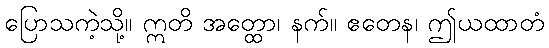
ပြောသကဲ့သို့။ ဣတိ အတ္ထော၊ နက်။ ဧတေန၊ ဤယထာတံ